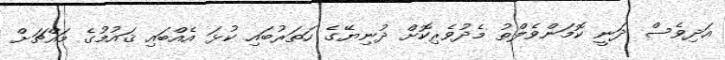
އަދިވެސް ދަނީ ކޮމަންވެލްތު މެދުވެރިކޮށް ދުނިޔޭގެ ހަތަރުބައި ކުޅަ އެއްބައި ޤައުމުގެ މައްޗަށް